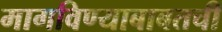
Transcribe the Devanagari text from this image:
मागविण्याबाबतची